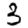
Digit: 3